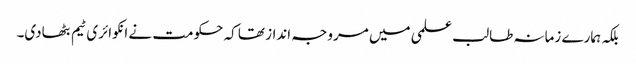
بلکہ ہمارے زمانہ طالب علمی میں مروجہ انداز تھا کہ حکومت نے انکوائری ٹیم بٹھادی۔